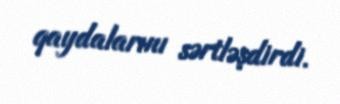
qaydalarını sərtləşdirdi.